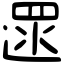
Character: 遝